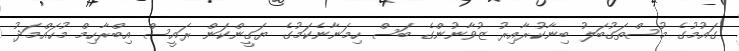
ގައުމުގެ މުސްތަގުބަލު ބިނާކުރާއިރު ޒުވާނުންގެ ބަސް ހިމަނާނެކަމުގެ ޔަގީންކަން ރައީސް އިބްރާހިމް މުހައްމަދު